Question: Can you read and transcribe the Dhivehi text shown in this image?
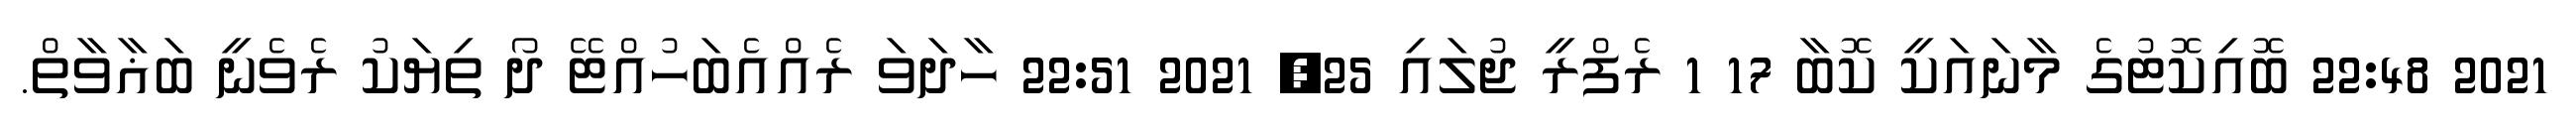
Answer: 2021 22:48 ބޮއިކޮޓުގެ މާނައަކީ ކޮބާ 17 1 ރެފްރީ ޖުލައި 25, 2021 22:51 ހާދަވަ ރެއްއެބަހުއްޓޭ ދޯ ތިޔަކު ރެވެނީ ބަޣާވާތް.